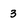
Character: 3